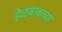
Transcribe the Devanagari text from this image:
हेळवाकच्या